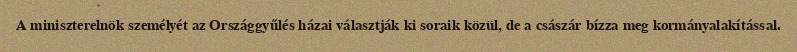
A miniszterelnök személyét az Országgyűlés házai választják ki soraik közül, de a császár bízza meg kormányalakítással.